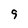
Character: 9